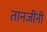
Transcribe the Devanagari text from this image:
तानजींनी